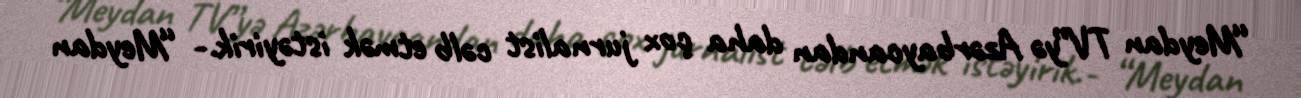
“Meydan TV”yə Azərbaycandan daha çox jurnalist cəlb etmək istəyirik.- “Meydan